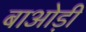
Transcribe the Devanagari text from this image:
बाओड़ी